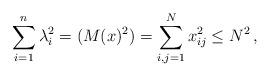
LaTeX: \begin{align*}\sum_{i=1}^n \lambda_i^2 = (M(x)^2) = \sum_{i,j=1}^N x_{ij}^2 \le N^2\, ,\end{align*}